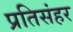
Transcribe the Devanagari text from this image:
प्रतिसंहर